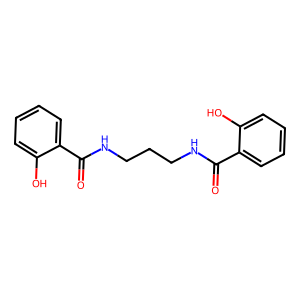
SMILES: O=C(NCCCNC(=O)c1ccccc1O)c1ccccc1O
Inhibits HIV replication: No